Scottish Certificate of Education, 1963
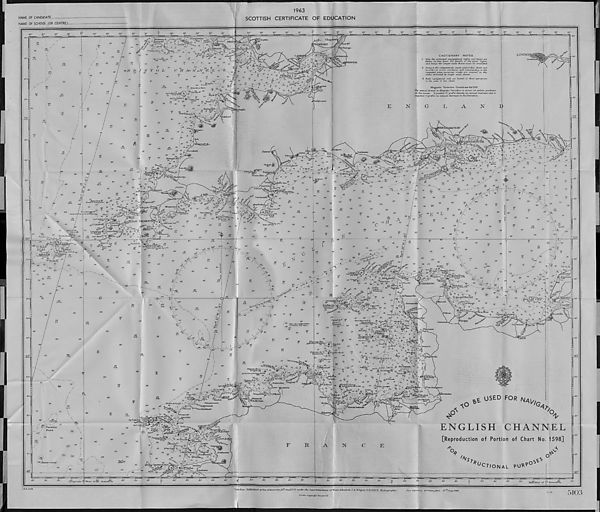
NAME OF CANDIDATE
NAME OF SCHOOL (OR CENTRE).
1963
SCOTTISH
CERTIFICATE OF EDUCATION
40'
30'
JO'
50'
40'
20’
JO'
50'
40-
30'—-
54
\
45
44
S.Sh.
64
SM
20
46,
10-
59
70
gy.M
42
38
40'
30'
20'
40'
T o
20'
lO'
3°
50'
i l l t [ f-y-Tfl iTi l 31 rT* 1
30'
TPCannartheiL
- -JLO
^jv 5
-O’V"
37 \ '•( 34
i * A*-i£BhaTsaL
'20-'
» > -H
26tF\.20sec.l/M. Dia..
23
BRISTOL
* £ 19
1S
tg
)
FI. 5^
G
^
25
M
25
!
y I
13
33
,2°. y
il9 f
„
C H A.™ N mN ^eJ-L 33 ' it.
a
.
22
22
", J*.#
27
a 5‘
24
8 8
45
51°
50-
40-
30-
20-
52
54
45
33
c.S.Sh.
28
G White Horse Races
21
22 ^-JSt 15
' 5 3
JO F.l/5 see
2 Fiatk^ ^3
2 3-
'Sh.—•"
63
^ . 8 r*<S>& ' 3 i
19
37
35
G p. FI. (2)20sec.l9M[ .^r- ) ^ 1
2$ Siren R° B "7vH\/ /
^0, 22 ok 24
P Sftanfey B.
/ 9 7 '5£,/
f443)l2UNDYI\ 1 '-'
22
,
s
/ ' \ y>4r. : F\.30secJ9M.
22 ’ ■ '' 27 •*?::•> ExpJos.
f.S
25
20
22 /la
,, l— :; te
22 1
Idoyte. Pf-A
14
12 St
m*
23 Jiaggypf*^
c.S ^5
42
HartlancJjcijS'^^
25 / . ie fjT'
38
22 ,.' g
5 3
T'.
7
* *
r
20'
10'
2°
50'
ijLx3..r r 1 1 1 1.1 f [ ytx 1 , j i t j 1.11 j n
30'
50'
30'
20’
lO'
-40'
BRISTOL
^firent Knoll
^*440
^Brid^wa-ter
49
lO-
46
53
35
>Bude
40
G-.SIl
37
Sh-St
32
Tintagetl
Brown Wil lyf^^^yi
27l 24 0^^.
56
/\
l
24 . .
(heavy tumbling sea-irLStrong gdUsj^
¥
Sp
39
G.Sh.
50
54
40-
30-
20-
lO - ■
48
{49 •S-Sk
Round I
45
Siren jjr
39
SlrenPec^
Seven. Stonesy y 39
^ C
tJ?. 1 srTTXV
^ ^
y
ISLE S
^Crim R%\y": ,
25 /.
ggC.ComwalL:
30^5^'
37
TheP^/V:
Long'sirms
Occ.W R 16 M \i e
Explos. . .
24 earn Base '®/
35 „ .TstP"'
^
32
CAUTIONARY NOTES
1. OnJy -the prirucipcCL rixixdjgaZioriaL Lights ancL ~buoys are
shown on this chart. Tor details of the inner lights
and buoys the larger scale- (harts must be consulted.
2. Owing to the comparatively small scale of this chart and
in order to avoid confusion and overcrowding in the
congested areas, ruxmet'ous wrecks are omitted in the
areas embraced by larger scale charts.
3 Radio TtavigalixrnaL cads are limited to those appropriate
to the scale of this Chart.
Magnetic Variation Curves are for 1947
The annual change in Magnetic Vartalion is shewn at certain gosituons
on The curves. A. positive (+) prefix denotes an annual increase and ct
negative (-) prefix an annual decrease in the VartccbLon.
LOISTDO
30'
\
of
■ -20'
- -1.0'
E
N
G
A
N
R ' pp : n 6. To^'
Totnes
..23
37
,,
(
BannShoaJ ■ & .. -20
"
*•*>
j
(Breaks in. strong gales) ^31 ■
ao x/
14 ■
i£w
' V 16 ■** 14 lr 17
35
. # 22 ) 78
18lh 'iyii
fa Si.
72
37 c.CornwaJ! B^\ j
72 s*? r-i&py
r ay7e
,.FMI5sec.26M,yiSi- t &
Siren //
■ 48, .
>'^^^T : \.f^sec.l6 M.(U) ^
38
47 48 35
\
53) The Pot Bf<
/
(uverfaTLsj
*>- ""TJ.
49
51 ^ &■■■
59
£.S.Sh.
49°
50-
40
S.Sk
Epson Sh. Ca i 32
, a Wolf
St
# FI. 3Gsec./5A/T Reed
34
43
NewtmAbbot t
"A- "
F.w /3 M
■•^oV 27 S “ Sir ' n
f TJpV,.
M
'
jDiaR°B n '? 28
73-
’^to, °A
51
70 r .f "
1^^,
\ 'i * +^'
*, t
Culver Clif.
■ ; + . -- ^3 4
y. s
.2,-^ 8 5
5 M 3 !/'
-4- '"4! / JJ
4
'£•.
V.
BN.
.70'
20-
79..---Sfi
zolStorr* 3 * 1
t
5a SBeii g R?l. 6 7 a.-7.^ *, ; G F |
' 13 &D P ia
,•• '
G
76
lose 24 221 -is
75
x-
^
'.- y
is 23 /
24
24
f
St
/
19S
16
19
25/
T^fT
^
^
So)
'70
31
3° . 0 .
360“
0
• -50’
74 ev'ty
3 ^
- -40
-
-30’
. ^rrT'-rny-
37
\ 28
' '
29
.yV
r'-fi
% I'"I'ff/y
2S
Z '''//. // xro
A
31
33
r ‘ Pt o.
st^dm^r
36
'^-hSia — 3 *
34
32
30
34
34
32
36
36
39
47
44
S.Sk
(Storm. S icf/Jflu
48
vw
43
TET
S.Sk
350°
_37_
400°
43
&A 36
t" x
47
47
44
48
45
.50
48
'450-
^...
48
49
48
45
48
SSi.
51
S.Sh.
54
'"rfnjt;
40
34
31
32
32
S.St
H
32
’E 32 L
25
S.Sk
30
u
35
32
36
37
28
34
26
S.Si.
22
S.G
27
120
_33_
32
37
39
39 ’ ■ Hdy.
A.
G
37
41
n
42...'
'59 .:
“3ST
38
¥
37
33 .-
44..
^r r^l "x
1 G r A x 42
35
i&H
94 1
30
46
23
36
41
28 39
. 38
42
Pi ^
57
42
\
Of
45
y&P""41
v $ 9 '"L,
128]
40
53
50
S.Sh.
61
58
'57,
48
GSh.
47
• •
.>43
31
37
34
' \0'\
23! i /B s . e duMilieu '..
Mi 30 ^
16
/
• ao^ ArCse^
31 5 2B
/fe . / ^-'Ya^Z,
26.
I ' f Scholeig
30/ „
^ W\f\
u
30,^'
Wj$-.7Til Bassesdu Renier
if>F
26
^
36
63,
35
60
S.Sk
57
53
39
39
47
Banc des Langoust/ers
. \ (Probably less water)
I 6 291
60
40-
30-
20- ■
10-
48 c
50
S.Sh.
55
63
55
f '\
\
^ Xs4.
)
iV, I, •••:-•
46
S.Sh.
45
60
'"jl, ', 49 \ / /
4«.,<icto. / !.'A/,7 n
7'90”
/i
53
64
S.Sh.
50
III III I I Mill"'
-Sh.-
36
40
ore^v:
JlJ ¥
guern^eVIA G i
\
® u
Aii^askt 2 * e r 33 ••
. . a-r- j_ K- C3 . c NSrPeterHv. • • yV^/V- skdi:
•
a 7-" "Blanchard \
LesJffanois ; —mr» ■ i "
F\.45 sec.!6M.
Bell.Explos yfxp
33
1 Dump? Gr^ 1 ff
l l Am
(Uhsi
(Arrumfy)
28
30
Bano Desormes'Sl}
Disused)_ j
34
/20
•>
TTBi or*
F29 '' $/
WesUty/:;/
29
34
l 5
25
ISO
no"
\6°
ate an des -y\-24
itesDoovres ^.nAs/lZM
29 ’
\ 27
31
/M"&\ '7®
Plateau de^:.; Wtee.»«e.4jn.(U)
Kfl-mmilOi . w : 77.
24
23
21: : 5,/
LaGarbiefre'^
Oce.WR70s?c./7Af.n ^
(StormfSigH)
" ; f ^
21 J
F 4 .v-V
Icho.B 1 )^ ■-. ,
; 29 27 15
22 /" -3m>n,es
37
Bamouio ‘' v -5 17
30
29
Maurice
Ml
25
24
24
22
/J5
25
42'
21
/ i 7
14
iGfeSmre
)/> .
% % 7,
f s V^vJIes de SfMarcqiuf
. 'G..°G 7
/’
2 Vv.... -f-' .
sy \
I
Rartf.'tin'
:2I)
' v './90 o
16
13
29
24
:g-f
/•fo
111
180°
a-W'''"'
•
73
:
'
19 i -O' 73
<>MJ .*, /S 2
vi
--G
y.-p
1-
\60
12
XS
9i ft
2°2
Banc 3 i def-msiren
\S%fyV 53 6g
4z _d
lOt'
- 20
-10'
50'
-50‘
■ 40'
• JtSEIN^;
B'.’leMarle,
22
23
.bpOcC,
. r"V.'" '•"•I ■ + . • 4fiw 4
4 .>,.
'?»•
- 28
+ .•^lip.-qixiers
7
,.® ;?.'sii+y.
^
JM* y: .'/*
-ft A«
1 • / ' • : •■•-
•+<.
7 U
/
\ . •
» .
• * A
zt ^
*, . .
yf 7
72
56
65 S.Sh.
72
57
57
S.Sh.
^/Bodies dePorsgl: k' -1 * XV,
4Q
/ * ' k
■ 50 ^
56 \
pM-Porsol
)
se/Nr
-••' ^
. ;• fjPortxpoder
81
f.TrS&Sk
56-
73
fs Parsons
Ban k
\68 S-Sh.
24 i
Gp.F\/2).m?lc
Gpniinui8f*6»r"’'
^ r «.
Siren ,
CP® 1 - J 5 ; +.• ffil&SL.. •■ •;. n7 Gp.0cc737^B
:7o:
65
(66)
73
59
77
(60 /paJser-i-hind
:30
:2,+^ • . ’ *.+' •* •
PterresToifes^....
8 - 13
\
Fr.R.5g^c75Af.
4 16 GpOcc/^W
\ 33 ren Mi*#
^ :
y'EPFdu Lis ApI; j
)
22
BT“de/iroise' i)
/
! • . {*„*'>'23 • i.9 2 . )* w
/
42
Cdel^:Chevre:i
(70)
(70)
79
74
40'
30'
20'
F
R
JLO
H? 0
50
40
Longitude O West from Greenwich.
30'
20'
lO'
^.I.L.ff.1 1 •' 1 1 |.1../-.JX7
40'
20'
□ri i i i i i i i i i i f—r~T~. 'T-r
£
50'
40'
30'
20'
10'
A
^ USED FOR Na]/
'G
4B
ENGLISH
CHANNEL
[Reproduction of Portion of Chart No. 1598]
A
N
C
E
//V
*u
Cr/ONAL
O s
50'
40'
30'
20'
20'
i~ i 1 r i i j i i i i Q:,LJi| M 1 i i i i i i i i | i i i i r i ■ ! i* i 1 it t r n i i i i i r i i i i i i i i i
>0’
40
30'
20'
JO'
2°
50
50'
Lon don-Published, atthe Admiralty, 25^^71619 37 under the Superintendence of Rear-Admiral J. A.E dgell. C.B .,QB.E.. Hydrographer.
Crown. Copyright Reserved.
ITew JSbUtrLoTts 2^270^^194 5. 27 t f / j\.ug.,1948
40'
30'
^Meridian of 0 Greenwich.
■ 30'
-20'
-lO'
49°
■ 50'
■ 40'
■ 30'
-20'
•10’
48°
20'
Z.l-61
5103